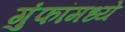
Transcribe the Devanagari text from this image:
गुंफांमध्ये